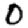
Digit: 0